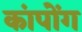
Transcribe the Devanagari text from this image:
कांपोंग